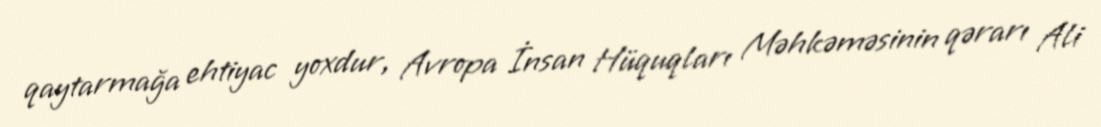
qaytarmağa ehtiyac yoxdur, Avropa İnsan Hüquqları Məhkəməsinin qərarı Ali